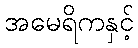
အမေရိကနှင့်